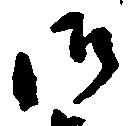
御